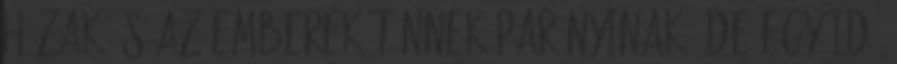
házak és az emberek tűnnek parányinak, de egy idő